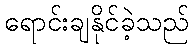
ရောင်းချနိုင်ခဲ့သည်